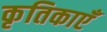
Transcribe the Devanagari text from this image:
कृतिकाएँ